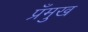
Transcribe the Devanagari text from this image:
प्रँमुख